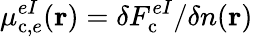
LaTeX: \mu_{\mathrm{c},e}^{eI}(\mathbf{r})=\delta F_{\mathrm{c}}^{eI}/\delta n(\mathbf{r})